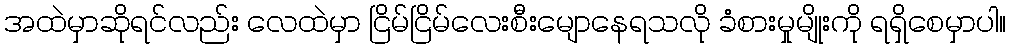
အထဲမှာဆိုရင်လည်း လေထဲမှာ ငြိမ်ငြိမ်လေးစီးမျောနေရသလို ခံစားမှုမျိုးကို ရရှိစေမှာပါ။